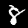
Label: 8